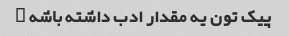
پیک تون یه مقدار ادب داشته باشه …